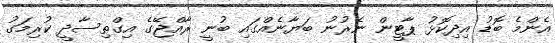
އެންމެ ބޮޑު އިދިކޮޅު ޕާޓީން ނެރުނު ބަޔާނެއްގައި ބުނީ ރާއްޖޭގެ އިގްތިސާދީ ކުރިމަގު